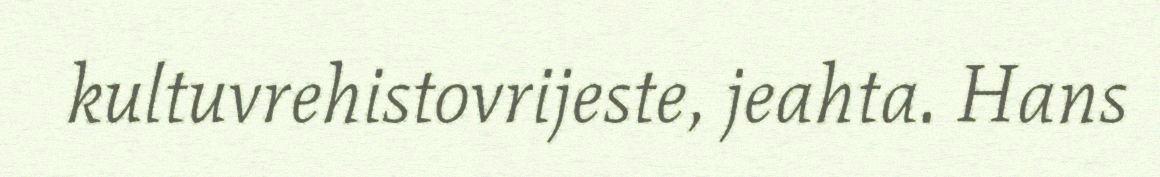
kultuvrehistovrijeste, jeahta. Hans